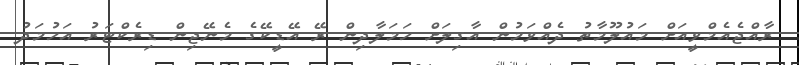
ރާއްޖެއެމްވީއަށް މައުލޫމާތު ދެއްވަމުން އާގިލަށް ހަމަލާދިން ރޭ އޭޑީކޭގެ މެނޭޖިން ޑިރެކްޓަރު އަހުމަދު